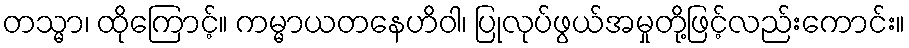
တသ္မာ၊ ထိုကြောင့်။ ကမ္မာယတနေဟိဝါ၊ ပြုလုပ်ဖွယ်အမှုတို့ဖြင့်လည်းကောင်း။